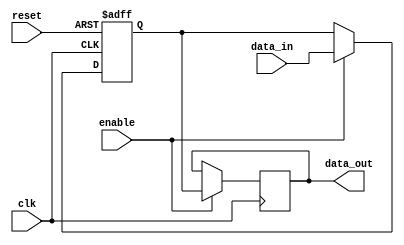
module VariableWidthBypassRegister (
    input wire clk,    // Clock input
    input wire reset,  // Reset input
    input wire enable, // Enable input
    input wire [7:0] data_in, // Data input
    output reg [7:0] data_out // Data output
);

reg [7:0] bypass_register;  // Variable width bypass register

always @(posedge clk or posedge reset) begin
    if (reset) begin
        bypass_register <= 8'b0;
    end else begin
        if (enable) begin
            bypass_register <= data_in;
        end
    end
end

always @(posedge clk) begin
    if (enable) begin
        data_out <= bypass_register;
    end
end

endmodule